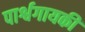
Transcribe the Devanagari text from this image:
पार्श्वगायकी